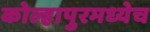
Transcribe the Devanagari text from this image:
कोल्हापुरमध्येच